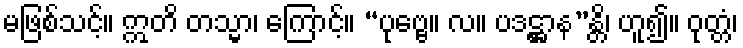
မဖြစ်သင့်။ ဣတိ တသ္မာ၊ ကြောင့်။ “ပုဗ္ဗေ။ လ။ ပဒဋ္ဌာန”န္တိ၊ ဟူ၍။ ဝုတ္တံ၊